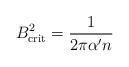
LaTeX: \begin{align*}B_{\mathrm{crit}}^{2}=\frac{1}{2\pi \alpha ^{\prime }n}\end{align*}